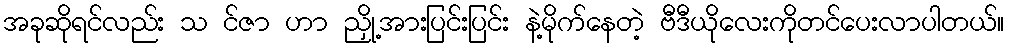
အခုဆိုရင်လည်း သ င်ဇာ ဟာ ညှို့အားပြင်းပြင်း နဲ့မိုက်နေတဲ့ ဗီဒီယိုလေးကိုတင်ပေးလာပါတယ်။